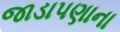
જાડાપણાના